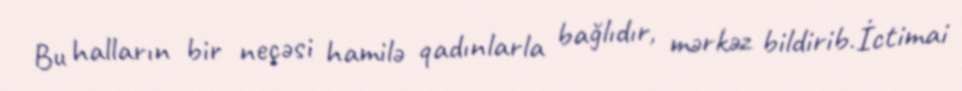
Bu halların bir neçəsi hamilə qadınlarla bağlıdır, mərkəz bildirib.İctimai